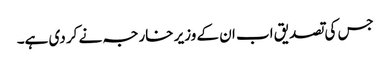
جس کی تصدیق اب ان کے وزیر خارجہ نے کر دی ہے۔